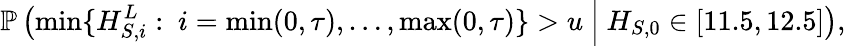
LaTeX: \mathbb{P}\left(\operatorname*{min}\{ H_{S,i}^{L}:\ i=\operatorname*{min}(0,\tau),\dots,\operatorname*{max}(0,\tau)\} >u\ \Big|\ H_{S,0}\in[11.5,12.5]\right),